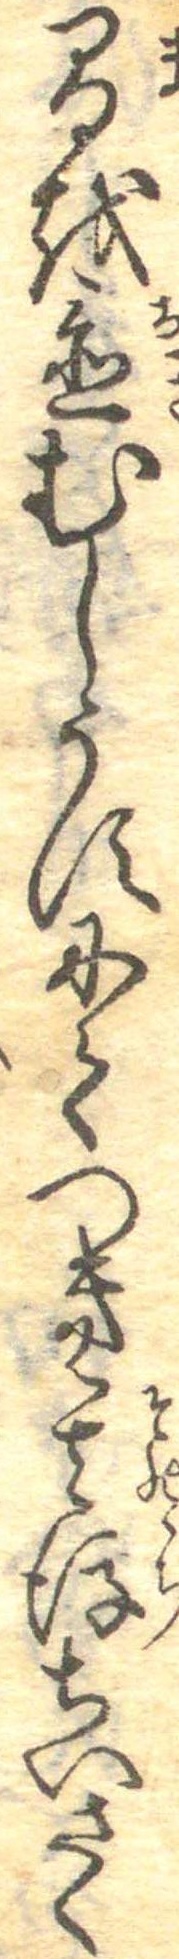
間を置むしうすにてつき其後ちいさく